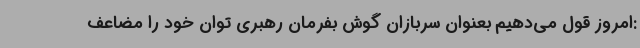
:امروز قول می‌دهیم بعنوان سربازان گوش بفرمان رهبری توان خود را مضاعف